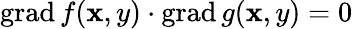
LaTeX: \operatorname{grad}f(\mathbf{x},y)\cdot\operatorname{grad}g(\mathbf{x},y)=0